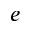
e